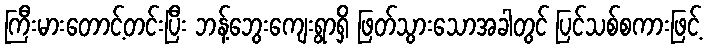
ကြီးမားတောင့်တင်းပြီး ဘန့်ဘွေးကျေးရွာရှိ ဖြတ်သွားသောအခါတွင် ပြင်သစ်စကားဖြင့်